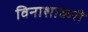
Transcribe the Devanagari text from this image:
विनाशाकरी